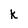
Character: k